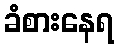
ခံစားနေရ